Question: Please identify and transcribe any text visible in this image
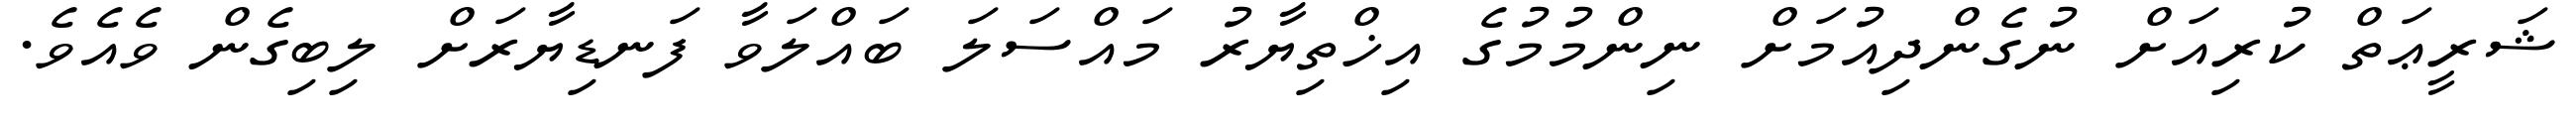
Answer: ޝަރީޢަތް ކުރިއަށް ނުގެންދިއުމަށް ނިންމުމުގެ އިޚްތިޔާރު މައްސަލަ ބައްލަވާ ފަނޑިޔާރަށް ލިބިގެން ވެއެވެ.